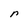
Character: r